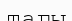
тагы